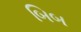
બિબ